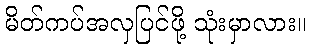
မိတ်ကပ်အလှပြင်ဖို့ သုံးမှာလား။